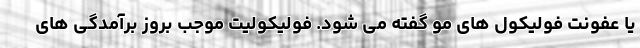
یا عفونت فولیکول های مو گفته می شود. فولیکولیت موجب بروز برآمدگی های